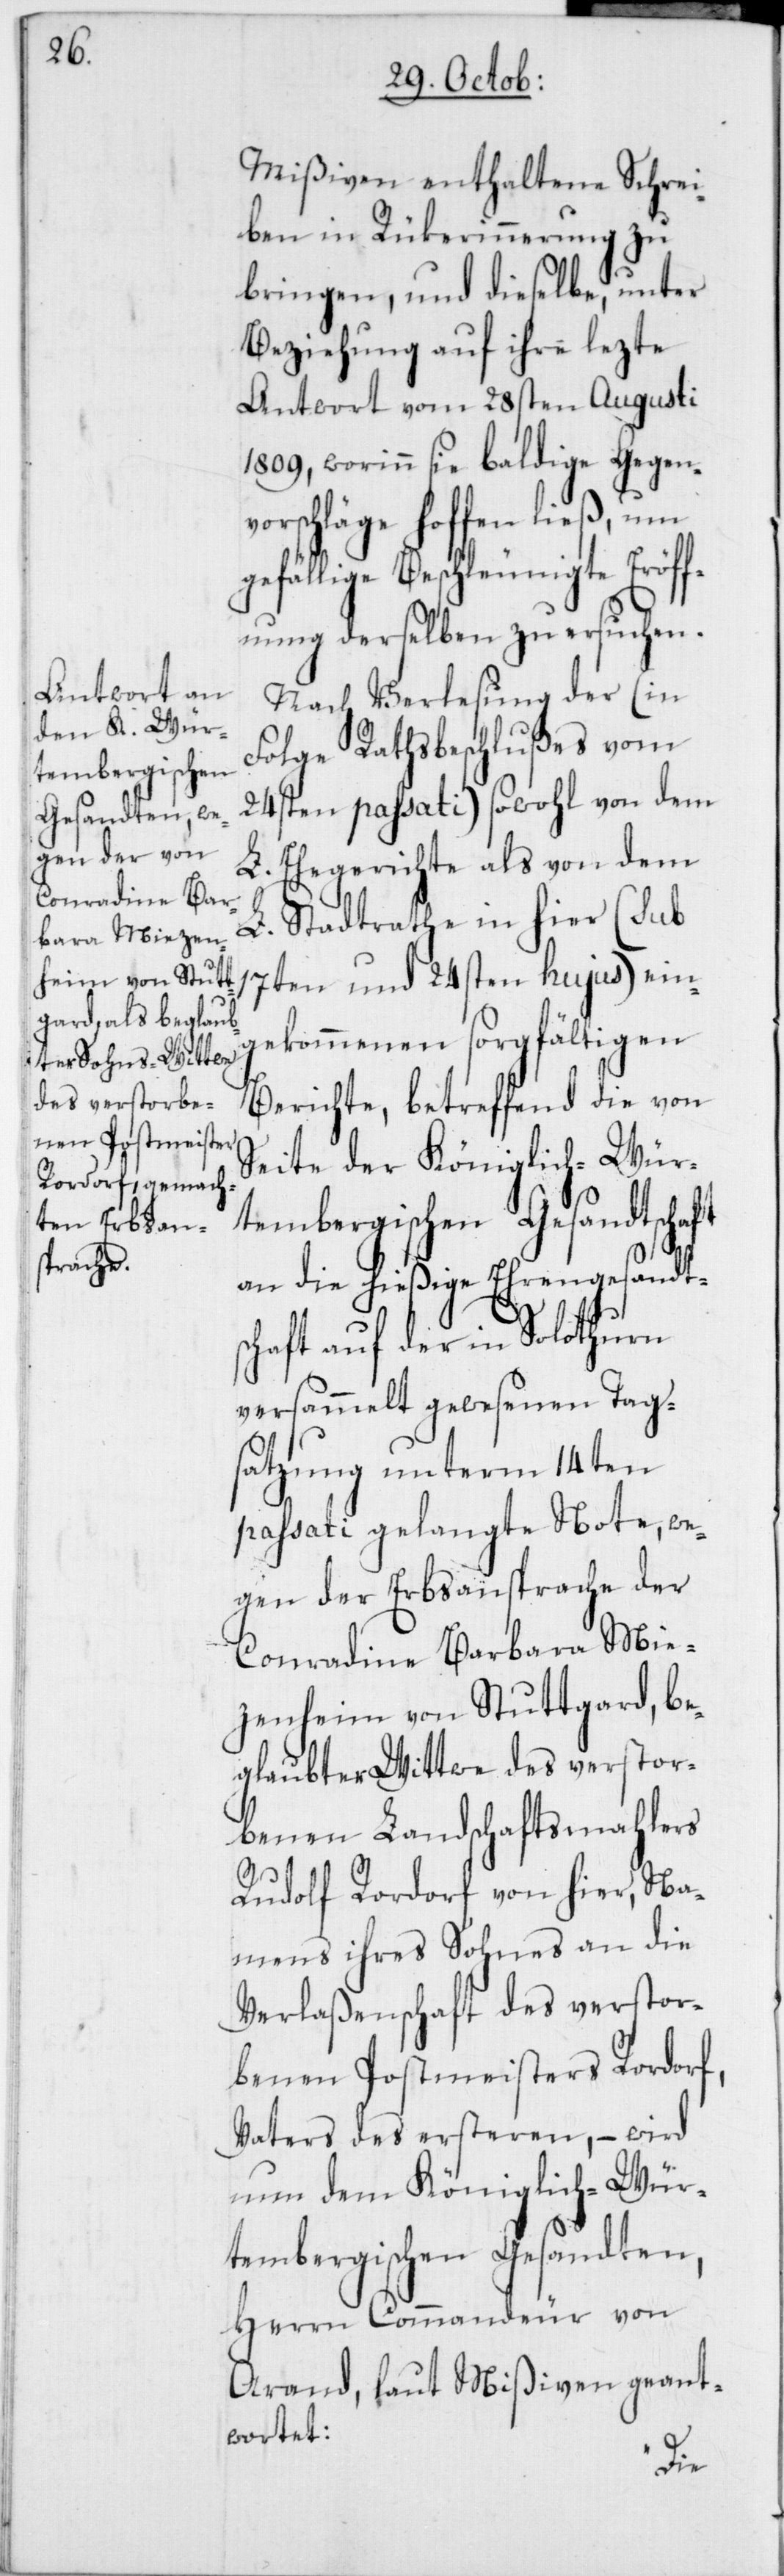
Mißiven enthaltene Schrei¬
ben in Rükerinnerung zu
bringen, und dieselbe, unter
Beziehung auf ihre lezte
Antwort vom 28sten Augusti
1809, worinn sie baldige Gegenv¬
orschläge hoffen ließ, um
gefällige Beschleunigte Eröff¬
nung derselben zu ersuchen.
Nach Verlesung der (in
Folge Rathsbeschlußes vom
24sten passati) sowohl von dem
L. Ehegerichte als von dem
L. Stadtrathe in hier (sub
17ten und 24sten hujus) ein¬
gekommenen sorgfältigen
Berichte, betreffend die von
Seite der Königlich-Wür¬
tembergischen Gesandtschaft
an die hießige Ehrengesandt¬
schaft auf der in Solothurn
versammelt gewesenen Tags¬
atzung unterm 14ten
passati gelangte Note, we¬
gen der Erbsansprache der
Conradine Barbara Mie¬
zenheim von Stuttgard, be¬
glaubter Wittwe des verstor¬
benen Landschaftsmahlers
Rudolf Rordorf von hier, Na¬
mens ihres Sohnes an die
Verlaßenschaft des verstor¬
benen Postmeisters Rordorf,
Vaters des ersteren, – wird
nun dem Königlich-Wür¬
tembergischen Gesandten,
Herrn Commandeur von
Arand, laut Mißiven geant¬
wortet: